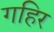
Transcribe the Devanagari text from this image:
गहिर